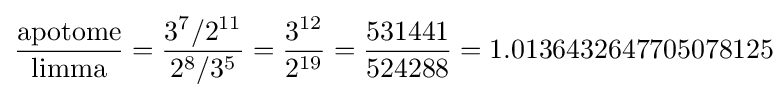
{\frac {\hbox{apotome}}{\hbox{limma}}}={\frac {3^{7}/2^{11}}{2^{8}/3^{5}}}={\frac {3^{12}}{2^{19}}}={\frac {531441}{524288}}=1.0136432647705078125\!